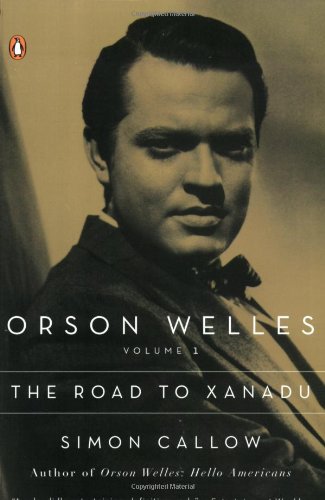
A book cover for Orson Welles, Volume 1: The Road to Xanadu (Orson Welles / Simon Callow); Simon Callow; Biographies & Memoirs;